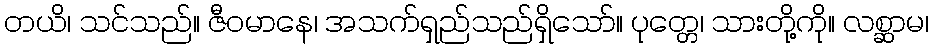
တယိ၊ သင်သည်။ ဇီဝမာနေ၊ အသက်ရှည်သည်ရှိသော်။ ပုတ္တေ၊ သားတို့ကို။ လစ္ဆာမ၊